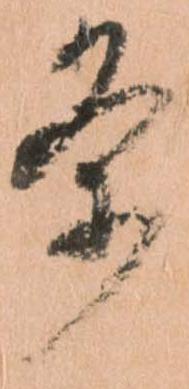
条